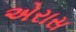
એરાસ